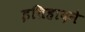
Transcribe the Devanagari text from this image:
इतिहादने